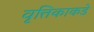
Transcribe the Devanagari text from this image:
वृत्तिकाकडे